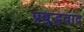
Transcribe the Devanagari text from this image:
प्रबुद्धवाद